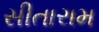
સીતારામ